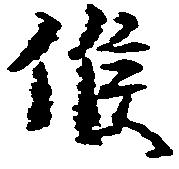
候